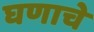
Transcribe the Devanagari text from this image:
घणाचे